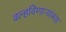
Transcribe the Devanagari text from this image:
वल्हविणाऱ्यांसह